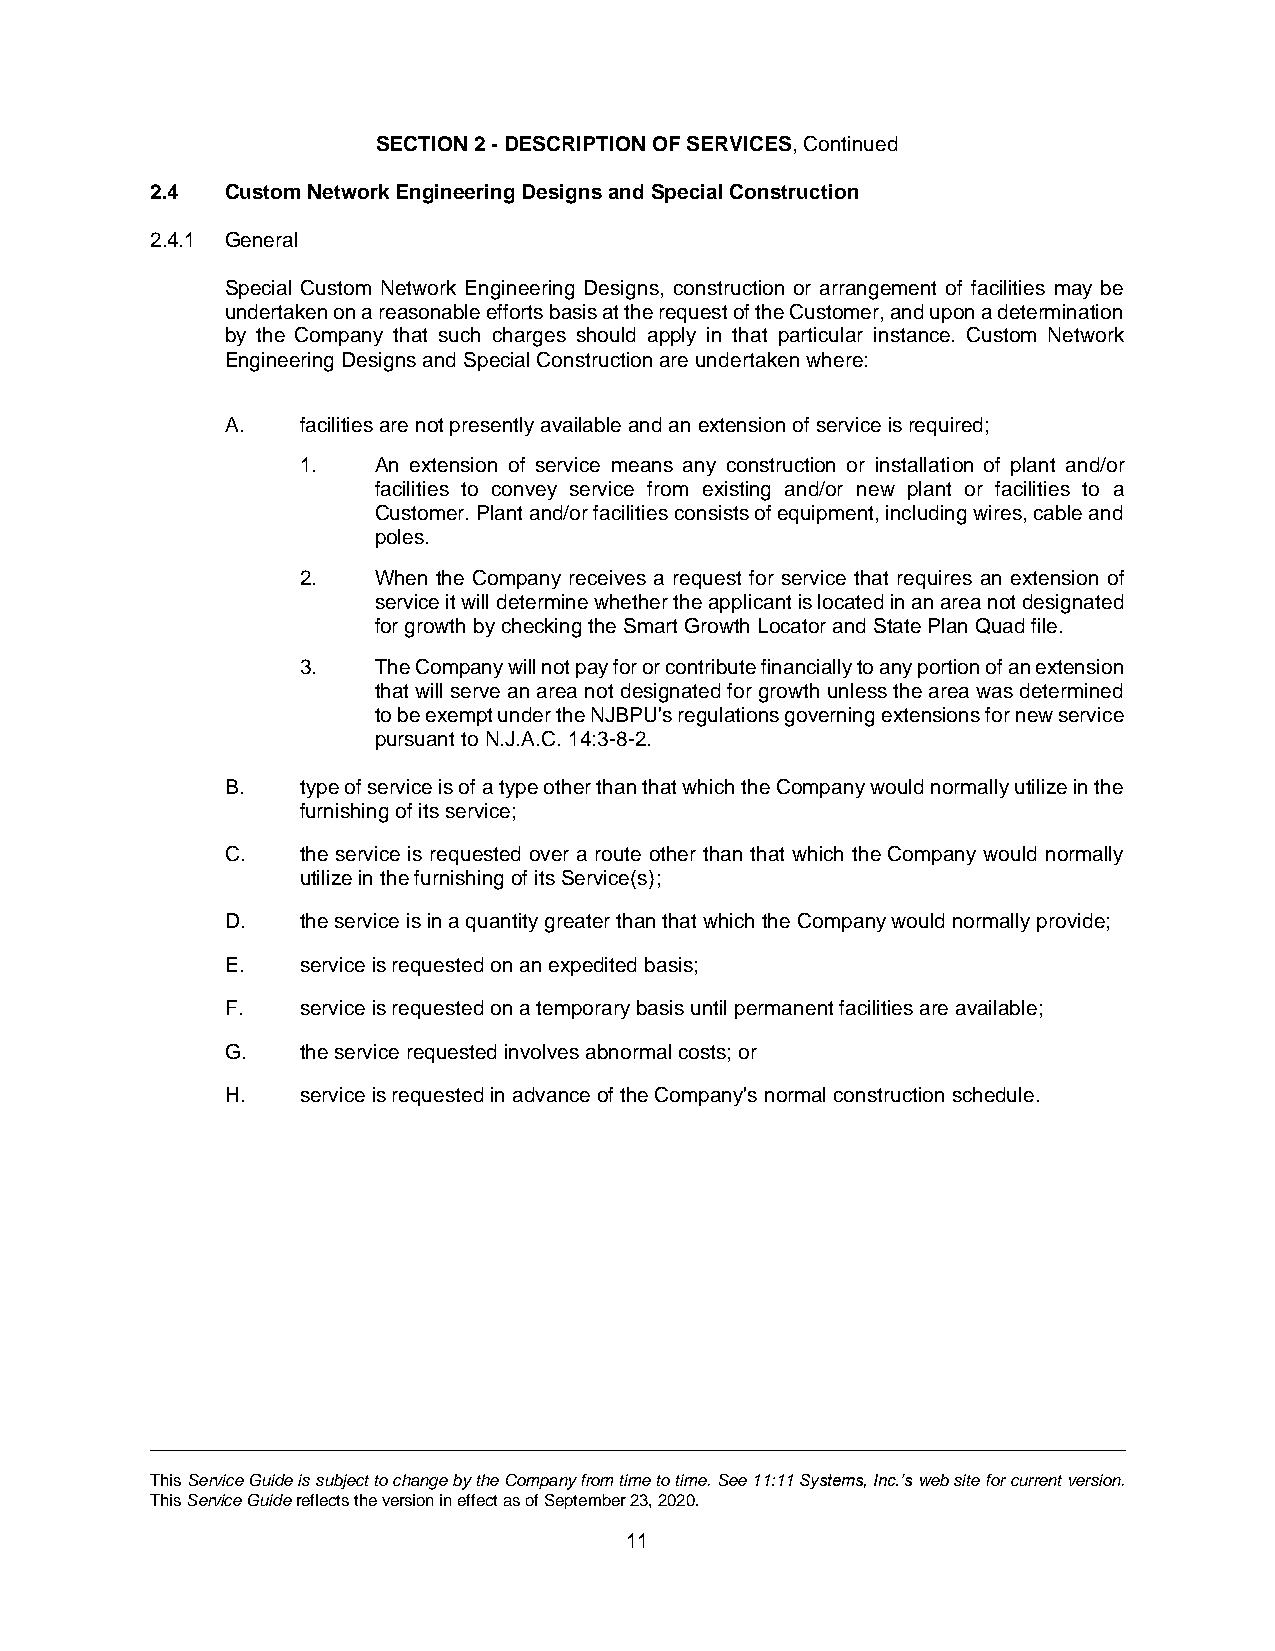
SECTION 2 - DESCRIPTION OF SERVICES, Continued
 2.4  Custom Network Engineering Designs and Special Construction
 2.4.1 General
 Special Custom Network Engineering Designs, construction or arrangement of facilities may be
 undertaken on a reasonable efforts basis at the request of the Customer, and upon a determination
 by the Company that such charges should apply in that particular instance. Custom Network
 Engineering Designs and Special Construction are undertaken where:
 A.   facilities are not presently available and an extension of service is required;
 1.   An extension of service means any construction or installation of plant and/or
 facilities to convey service from existing and/or new plant or facilities to a
 Customer. Plant and/or facilities consists of equipment, including wires, cable and
 poles.
 2.   When the Company receives a request for service that requires an extension of
 service it will determine whether the applicant is located in an area not designated
 for growth by checking the Smart Growth Locator and State Plan Quad file.
 3.   The Company will not pay for or contribute financially to any portion of an extension
 that will serve an area not designated for growth unless the area was determined
 to be exempt under the NJBPU's regulations governing extensions for new service
 pursuant to N.J.A.C. 14:3-8-2.
 B.   type of service is of a type other than that which the Company would normally utilize in the
 furnishing of its service;
 C.   the service is requested over a route other than that which the Company would normally
 utilize in the furnishing of its Service(s);
 D.   the service is in a quantity greater than that which the Company would normally provide;
 E.   service is requested on an expedited basis;
 F.   service is requested on a temporary basis until permanent facilities are available;
 G.   the service requested involves abnormal costs; or
 H.   service is requested in advance of the Company's normal construction schedule.
 This Service Guide is subject to change by the Company from time to time. See 11:11 Systems, Inc.’s web site for current version.
 This Service Guide reflects the version in effect as of September 23, 2020.
 11